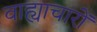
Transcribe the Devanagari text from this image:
वाह्याचारों